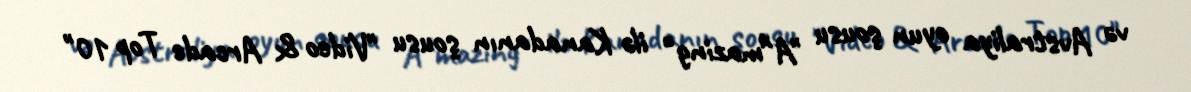
və Avstraliya oyun şousu "A*mazing" ilə Kanadanın şousu "Video & Arcade Top 10"